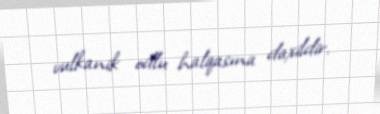
vulkanik odlu halqasına daxildir.